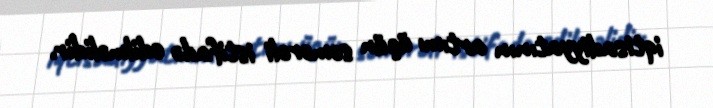
iqtisadiyyatının artımı üçün səmərəli istifadə edilməlidir.